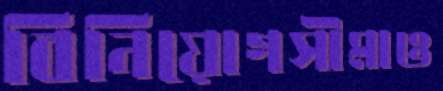
বিনিয়োগসীমাও